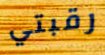
رقبتي